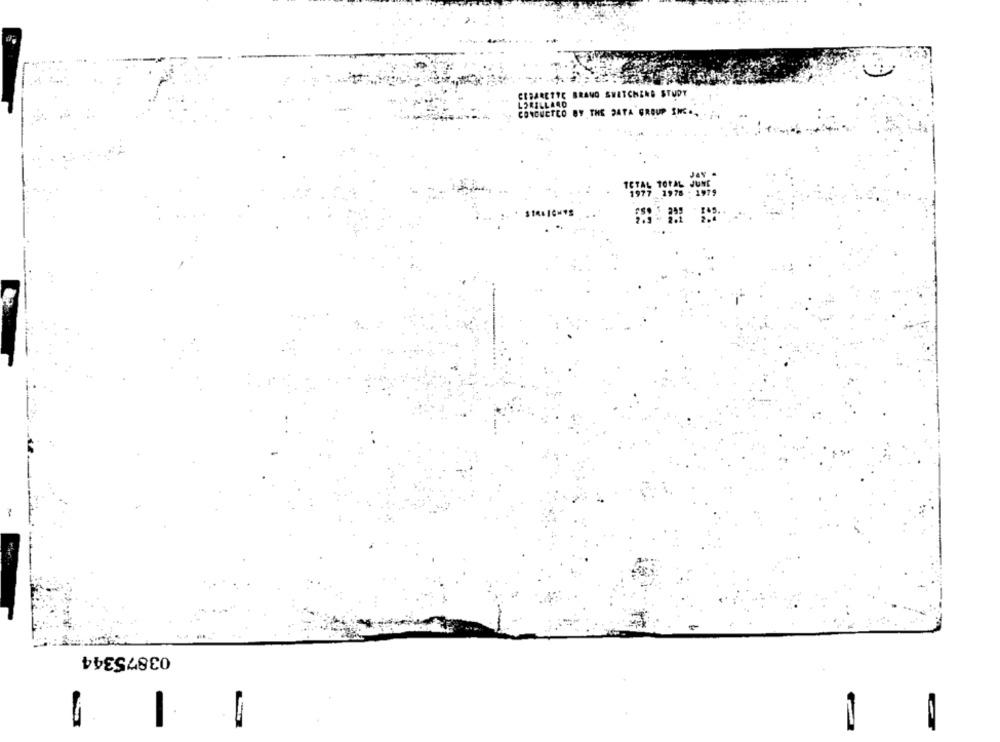
CEBARETTE BRANO SWATCHEND STUDY
CONDUCTED BY THE DATA GROUP INC ..
STRAIGHTS
03875344
-